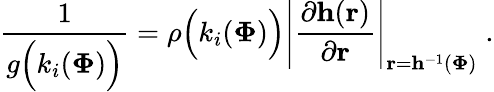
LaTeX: \frac{1}{g\Big(k_{i}({\mathbf\Phi})\Big)}=\rho\Big(k_{i}({\mathbf\Phi})\Big)\left|\frac{\partial{\mathbf h}({\mathbf r})}{\partial{\mathbf r}}\right|_{{\mathbf r}={\mathbf h}^{-1}({\mathbf\Phi})}\; .